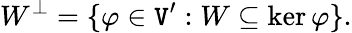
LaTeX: W^{\perp}=\{ \varphi\in\mathtt{V}^{\prime}:W\subseteq\ker\varphi\} .